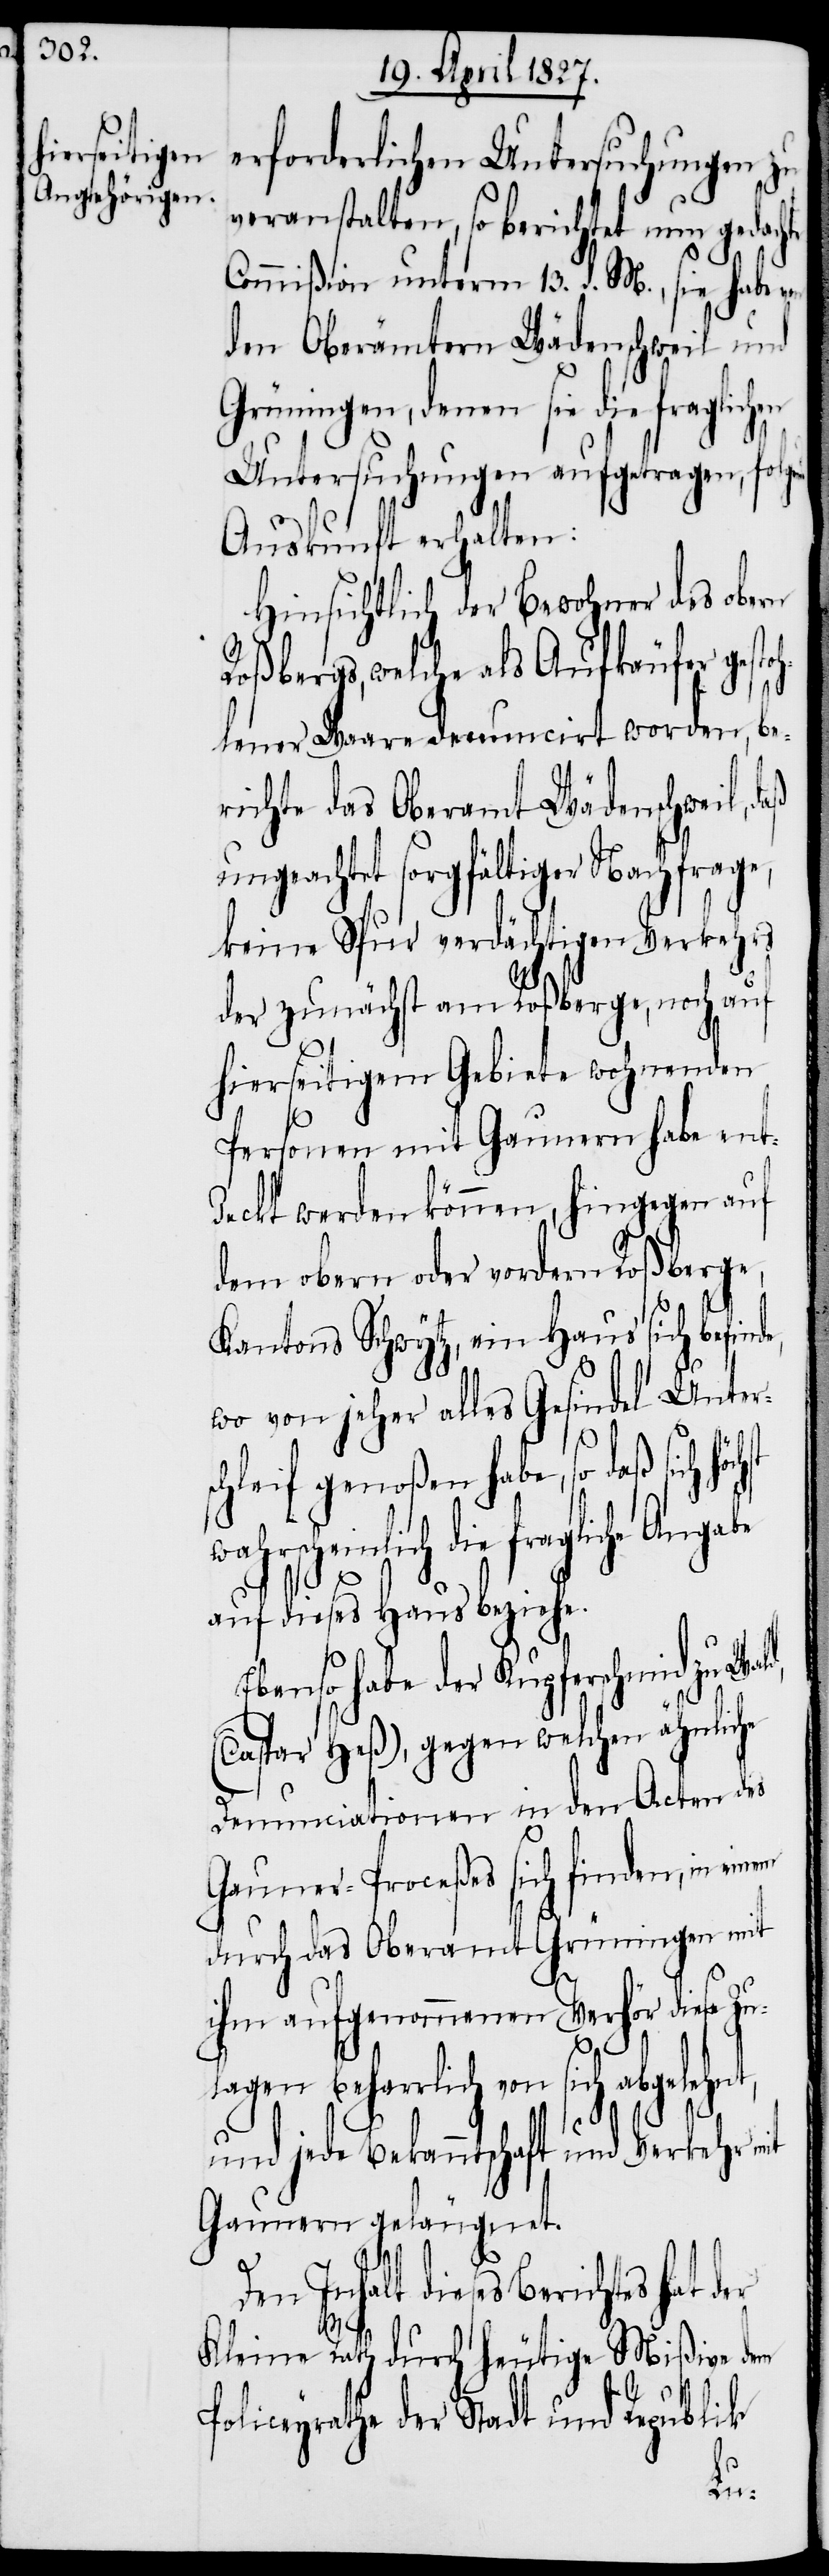
erforderlichen Untersuchungen zu
veranstalten, so berichtet nun gedach¬
Commißion unterm 13. d. M., sie habe
den Oberämtern Wädenschweil und
Grüningen, denen sie die fraglichen
Untersuchungen aufgetragen, folge¬
Auskunft erhalten:
Hinsichtlich der Bewohner des obern
Roßbergs, welche als Aufkäufer gest¬
ohlener Waare denuncirt worden, be¬
richte das Oberamt Wädenschweil,
ungeachtet sorgfältiger Nachfrage,
keine Spur verdächtigen Verkehrs
der zunächst am Roßberge, noch auf
hierseitigem Gebiete wohnenden
Personen mit Gaunern habe ent¬
deckt werden können, hingegen auf
dem obern oder vordern Roßberge,
Kantons Schwytz, ein Haus sich befin¬
wo von jeher alles Gesindel Unters¬
chleif genoßen habe, so daß sich
rscheinlich die fragliche Angabe
auf dieses Haus beziehe.
Ebenso habe der Kupferschmid zu Wa¬
(Caspar Heß), gegen welchen ähnliche
Denunciationen in den Acten des
Gauner-Proceßes sich finden, in einem
durch das Oberamt Grüningen mit
ihm aufgenommenen Verhör diese Zu¬
lagen beharrlich von sich
und jede Bekanntschaft und Verkehr mit
Gaunern geläugnet.
ld,
Den Inhalt dieses Berichtes hat der
wah¬
Kleine Rath durch heutige Mißive dem
Policeyrathe der Stadt und Republik
de,